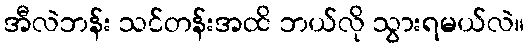
အီလဲဘန်း သင်တန်းအထိ ဘယ်လို သွားရမယ်လဲ။